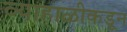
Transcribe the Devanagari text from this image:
व्याहाळीकडून